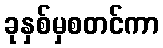
ခုနှစ်မှစတင်ကာ